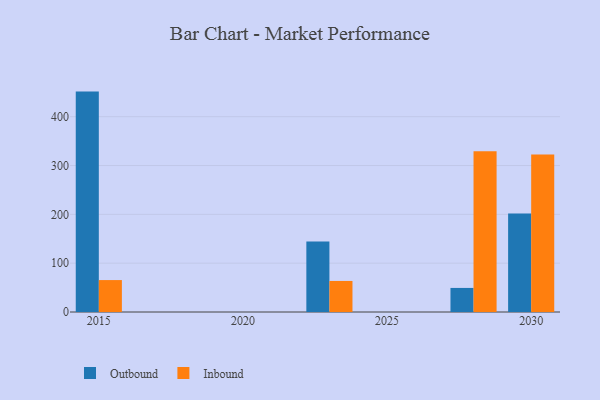
{"axis": {"x": "Year", "y": "Shipments"}, "legend": ["Inbound", "Outbound"], "data": [{"x": "2023", "y": 144.3, "type": "Outbound"}, {"x": "2023", "y": 63.6, "type": "Inbound"}, {"x": "2028", "y": 49.3, "type": "Outbound"}, {"x": "2028", "y": 329.0, "type": "Inbound"}, {"x": "2015", "y": 451.4, "type": "Outbound"}, {"x": "2015", "y": 65.4, "type": "Inbound"}, {"x": "2030", "y": 201.7, "type": "Outbound"}, {"x": "2030", "y": 322.4, "type": "Inbound"}]}